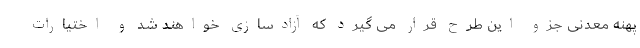
پهنه معدنی جزو این طرح قرار می گیرد که آزادسازی خواهند شد و اختیارات